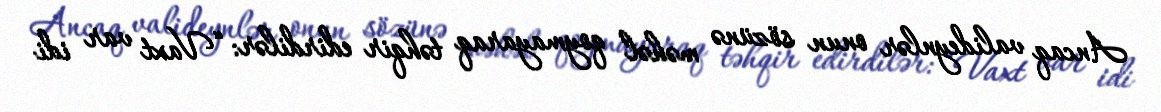
Ancaq valideynlər onun sözünə məhəl qoymayaraq təhqir edirdilər: “Vaxt var idi